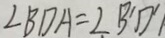
\angle B D A = \angle B ^ { \prime } D ^ { \prime }